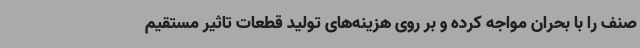
صنف را با بحران مواجه کرده و بر روی هزینه‌های تولید قطعات تاثیر مستقیم